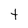
Character: T